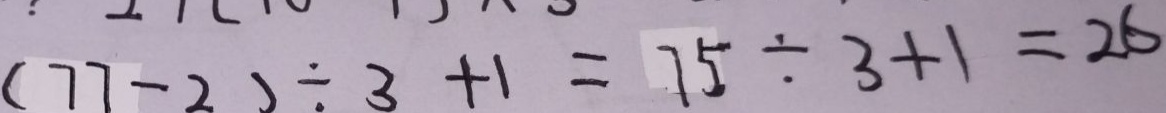
( 7 7 - 2 ) \div 3 + 1 = 7 5 \div 3 + 1 = 2 6